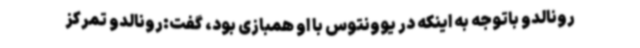
رونالدو باتوجه به اینکه در یوونتوس با او همبازی بود، گفت:رونالدو تمرکز